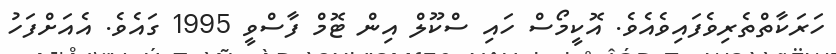
ހަރަކާތްތެރިވެފައިވެއެވެ. އޮކީމޯސް ހައި ސްކޫލް އިން ޓޮމް ފާސްވީ 1995 ގައެވެ. އެއަށްފަހު